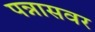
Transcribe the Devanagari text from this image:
पन्नासवर